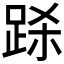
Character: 𲃞